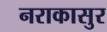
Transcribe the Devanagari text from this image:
नराकासुर